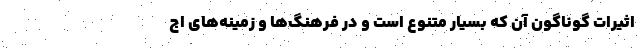
اثیرات گوناگون آن که بسیار متنوع است و در فرهنگ‌ها و زمینه‌های اج